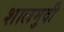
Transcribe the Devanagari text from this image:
शालमुदी